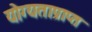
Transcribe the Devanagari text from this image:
योग्यताप्राप्त